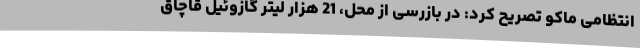
انتظامی ماکو تصریح کرد: در بازرسی از محل، 21 هزار لیتر گازوئیل قاچاق